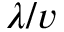
\lambda / v